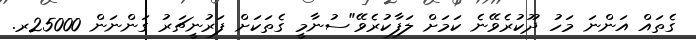
ގެތައް އަންނަ މަހު ދޫކުރެވޭނެ ކަމަށް ލަފާކުރެވޭ"ސުނާމީ ގެތަކަށް ފަރުނީޗަރު ގަންނަން 25000ރ.